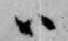
ハ